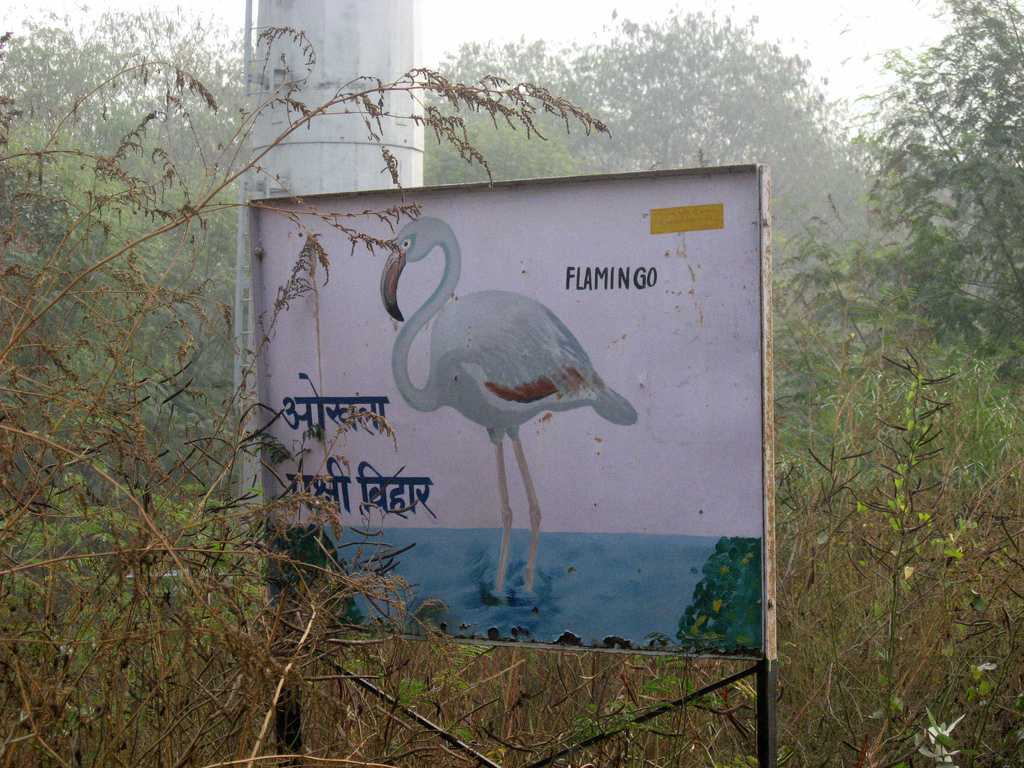
Language: hindi
Transcription: विहार पक्षी ओखला